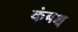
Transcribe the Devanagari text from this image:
कंबश्च